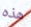
هذه